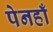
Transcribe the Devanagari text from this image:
पेनहाँ